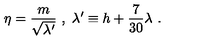
\eta = { \frac { m } { \sqrt { \lambda ^ { \prime } } } } \ , \ \lambda ^ { \prime } \equiv h + { \frac { 7 } { 3 0 } } \lambda \ .